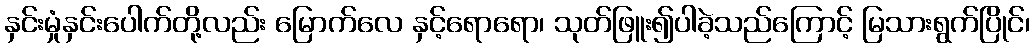
နှင်းမှုံနှင်းပေါက်တို့လည်း မြောက်လေ နှင့်ရောရော၊ သုတ်ဖြူး၍ပါခဲ့သည်ကြောင့် မြသားရွက်ပြိုင်၊